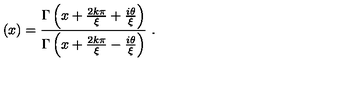
\left( x \right) = \frac { \Gamma \left( x + \frac { 2 k \pi } { \xi } + \frac { i \theta } { \xi } \right) } { \Gamma \left( x + \frac { 2 k \pi } { \xi } - \frac { i \theta } { \xi } \right) } \ .